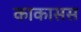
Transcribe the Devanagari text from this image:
काकासस